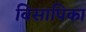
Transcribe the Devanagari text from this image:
विसापिका